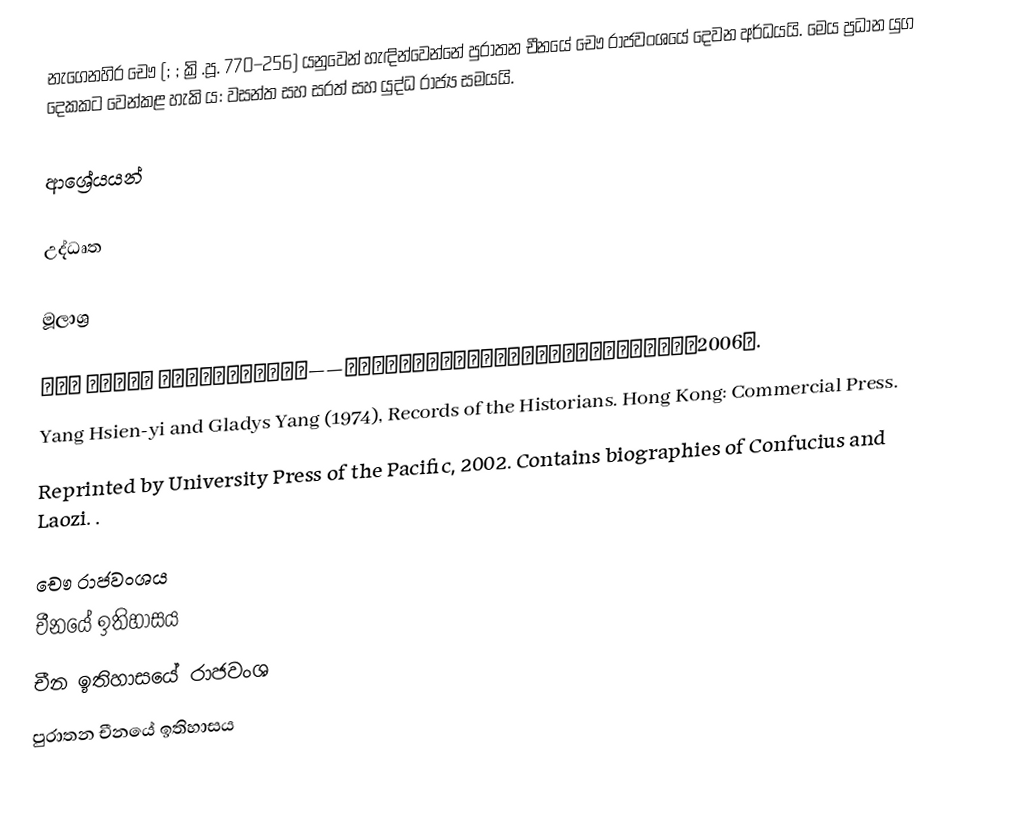
නැගෙනහිර චෞ (; ; ක්‍රි.පූ. 770–256) යනුවෙන් හැඳින්වෙන්නේ පුරාතන චීනයේ චෞ රාජවංශයේ දෙවන අර්ධයයි. මෙය ප්‍රධාන යුග දෙකකට වෙන්කළ හැකි ය: වසන්ත සහ සරත් සහ යුද්ධ රාජ්‍ය සමයයි.

ආශ්‍රේයයන්

උද්ධෘත

මූලාශ්‍ර

 許倬雲 著，鄒水傑 譯：《中國古代社會史論——春秋戰國時期的社會流動》（桂林：廣西師範大學出版社，2006）.
 Yang Hsien-yi and Gladys Yang (1974), Records of the Historians. Hong Kong: Commercial Press.
 Reprinted by University Press of the Pacific, 2002. Contains biographies of Confucius and Laozi. .

චෞ රාජවංශය
චීනයේ ඉතිහාසය
චීන ඉතිහාසයේ රාජවංශ
පුරාතන චීනයේ ඉතිහාසය